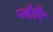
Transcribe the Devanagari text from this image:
प्लैज़ेंट